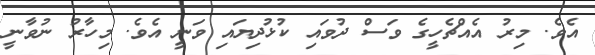
އެވެ. މިރު އެއްޗެހީގެ ވަސް ދުވައި ކުޅުދިޔައި ވަނީ އެވެ. މިހާރު ނުވާނީ